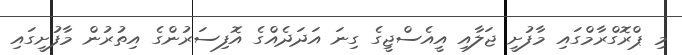
މި ޕްރޮގްރާމްގައި މާފުށީ ޖަލާއި އީއެސްޖީގެ ގިނަ އަދަދެއްގެ އޮފިސަރުންގެ އިތުރުން މާފުށީގައި